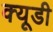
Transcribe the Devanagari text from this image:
क्यूडी